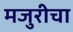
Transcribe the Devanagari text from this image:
मजुरीचा